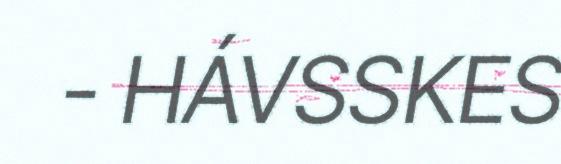
- HÁVSSKES